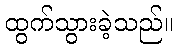
ထွက်သွားခဲ့သည်။